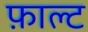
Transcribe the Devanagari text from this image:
फ़ाल्ट